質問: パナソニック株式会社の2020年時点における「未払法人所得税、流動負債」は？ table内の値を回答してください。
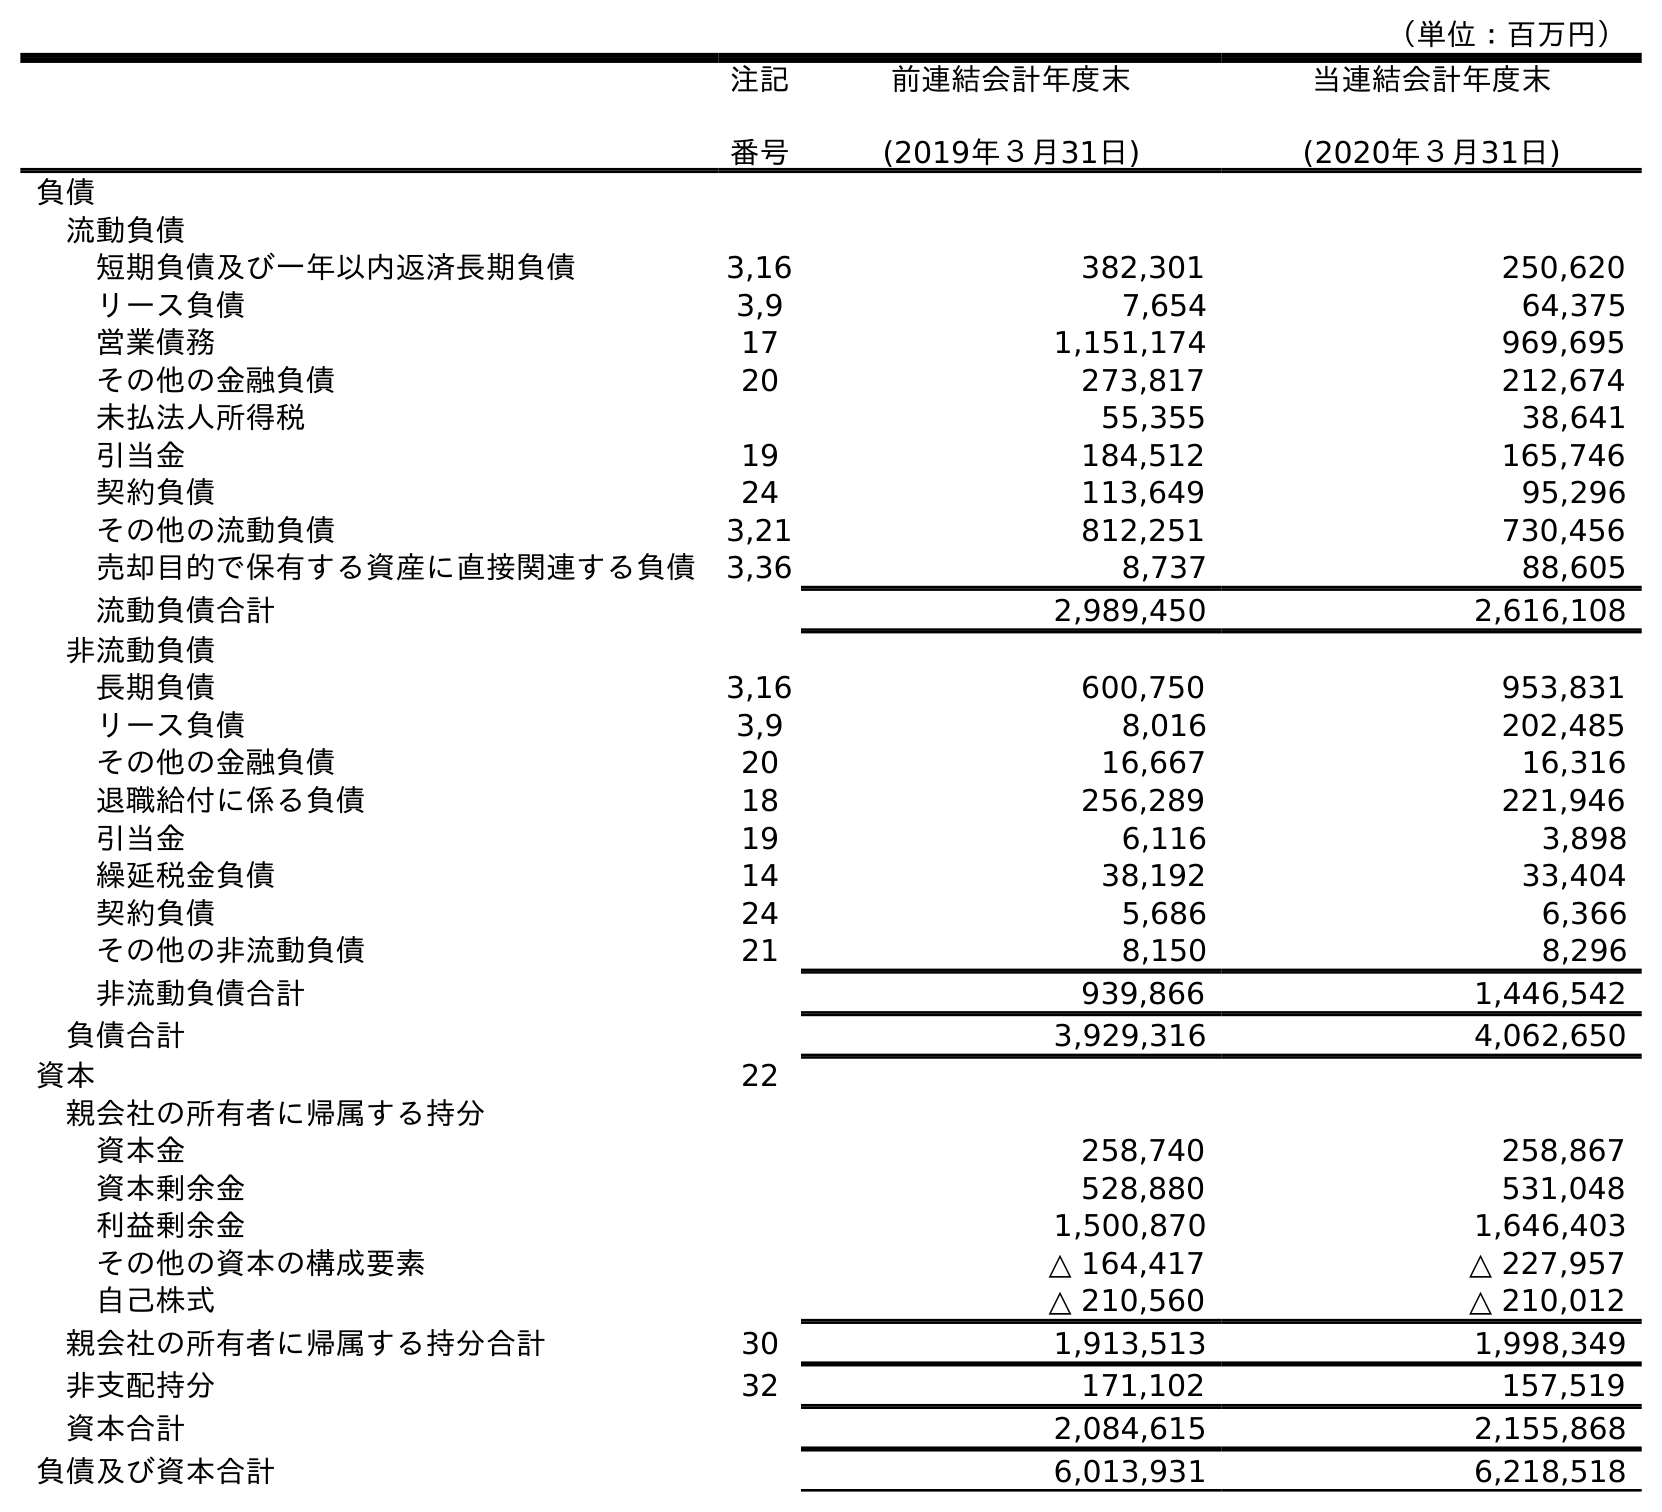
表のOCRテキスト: （単位：百万円） 注記 番号 前連結会計年度末 (2019年３月31日) 当連結会計年度末 (2020年３月31日) 負債 流動負債 短期負債及び一年以内返済長期負債 3,16 382,301 250,620 リース負債 3,9 7,654 64,375 営業債務 17 1,151,174 969,695 その他の金融負債 20 273,817 212,674 未払法人所得税 55,355 38,641 引当金 19 184,512 165,746 契約負債 24 113,649 95,296 その他の流動負債 3,21 812,251 730,456 売却目的で保有する資産に直接関連する負債 3,36 8,737 88,605 流動負債合計 2,989,450 2,616,108 非流動負債 長期負債 3,16 600,750 953,831 リース負債 3,9 8,016 202,485 その他の金融負債 20 16,667 16,316 退職給付に係る負債 18 256,289 221,946 引当金 19 6,116 3,898 繰延税金負債 14 38,192 33,404 契約負債 24 5,686 6,366 その他の非流動負債 21 8,150 8,296 非流動負債合計 939,866 1,446,542 負債合計 3,929,316 4,062,650 資本 22 親会社の所有者に帰属する持分 資本金 258,740 258,867 資本剰余金 528,880 531,048 利益剰余金 1,500,870 1,646,403 その他の資本の構成要素 △ 164,417 △ 227,957 自己株式 △ 210,560 △ 210,012 親会社の所有者に帰属する持分合計 30 1,913,513 1,998,349 非支配持分 32 171,102 157,519 資本合計 2,084,615 2,155,868 負債及び資本合計 6,013,931 6,218,518
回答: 38,641